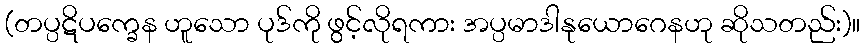
(တပ္ပဋိပက္ခေန ဟူသော ပုဒ်ကို ဖွင့်လိုရကား အပ္ပမာဒါနုယောဂေနဟု ဆိုသတည်း)။